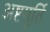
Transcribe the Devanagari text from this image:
अष्टमूर्ति